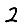
Digit: 2